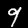
Label: 9